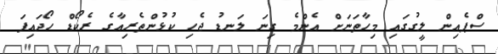
ސްޕެއިން ލީގުގައި މިހާތަނަށް އެންމެ ގިނަ ލަނޑު ޖެހި ކުޅުންތެރިއާގެ ރެކޯޑް ހޯދައިފަ